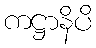
ကဋ္ဌာနိပိ